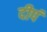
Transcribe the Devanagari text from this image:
दीपं